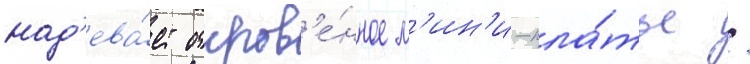
над'ева́ет откров'е́нное м'ин'и-пла́тье /